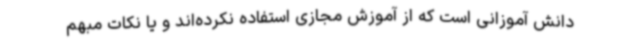
دانش آموزانی است که از آموزش مجازی استفاده نکرده‌اند و یا نکات مبهم